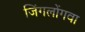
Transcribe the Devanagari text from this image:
जिंगलोंगवा